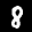
Label: 8